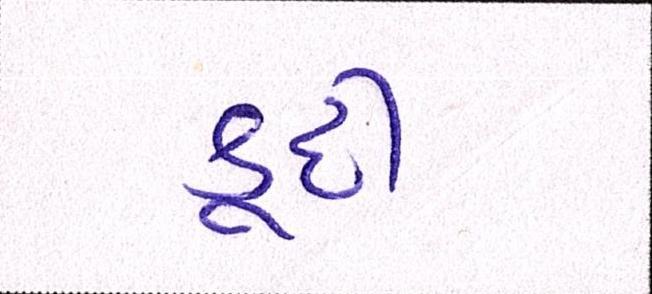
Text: કૂદી